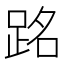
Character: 𫏉